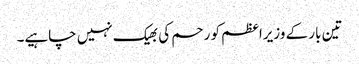
تین بار کے وزیراعظم کو رحم کی بھیک نہیں چاہیے۔